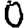
Digit: 0